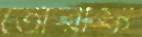
তোরাফ